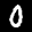
Label: 0